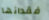
فقدانها